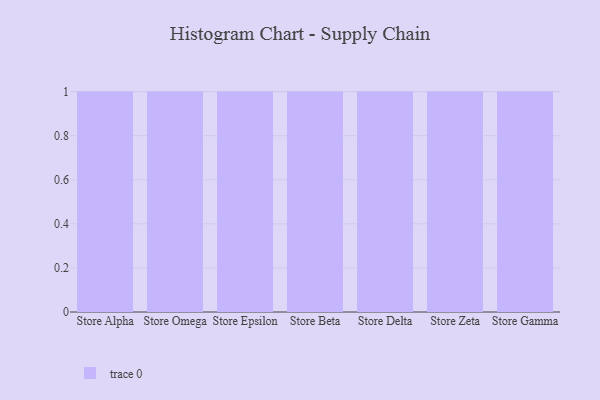
{"axis": {"x": "Store", "y": "Net Income (USD K)"}, "legend": [""], "data": [{"x": "Store Alpha", "y": 73, "type": ""}, {"x": "Store Omega", "y": 4, "type": ""}, {"x": "Store Epsilon", "y": 18, "type": ""}, {"x": "Store Beta", "y": 8, "type": ""}, {"x": "Store Delta", "y": 67, "type": ""}, {"x": "Store Zeta", "y": 29, "type": ""}, {"x": "Store Gamma", "y": 23, "type": ""}]}